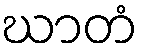
ဃာတံ